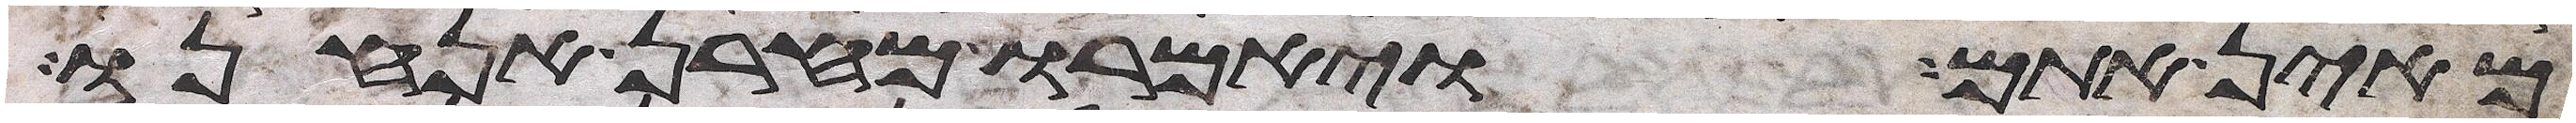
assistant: מאין אתם ויאמרו מחרן אנחנו